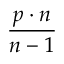
\frac { p \cdot n } { n - 1 }